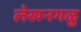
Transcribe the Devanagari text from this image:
लेखनगळु